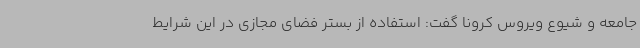
جامعه و شیوع ویروس کرونا گفت: استفاده از بستر فضای مجازی در این شرایط